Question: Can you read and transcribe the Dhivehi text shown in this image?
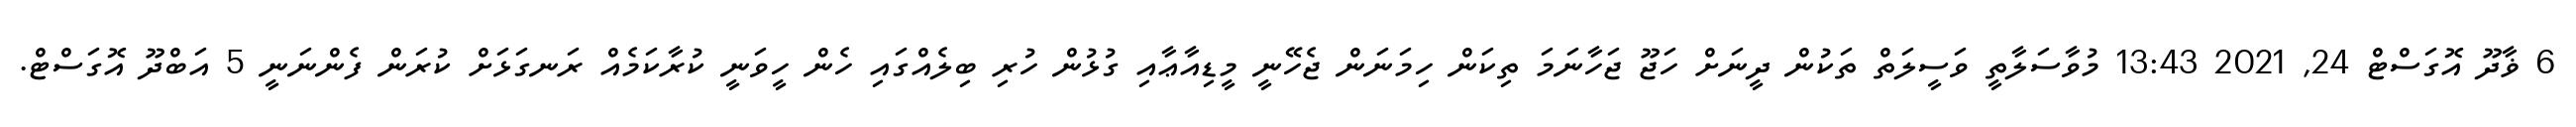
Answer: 6 ޥާދޫ އޮގަސްޓް 24, 2021 13:43 މުވާސަލާތީ ވަސީލަތް ތަކުން ދީނަށް ހަޖޫ ޖަހާނަމަ ތިކަން ހިމަނަން ޖެހޭނީ މީޑިއާޢާއި ގުޅުން ހުރި ބިލެއްގައި ހެން ހީވަނީ ކުރާކަމެއް ރަނގަޅަށް ކުރަން ފެންނަނީ 5 އަބްދޫ އޮގަސްޓް.